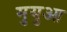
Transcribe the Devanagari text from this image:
मुयुआ